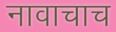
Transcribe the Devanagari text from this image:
नावाचाच